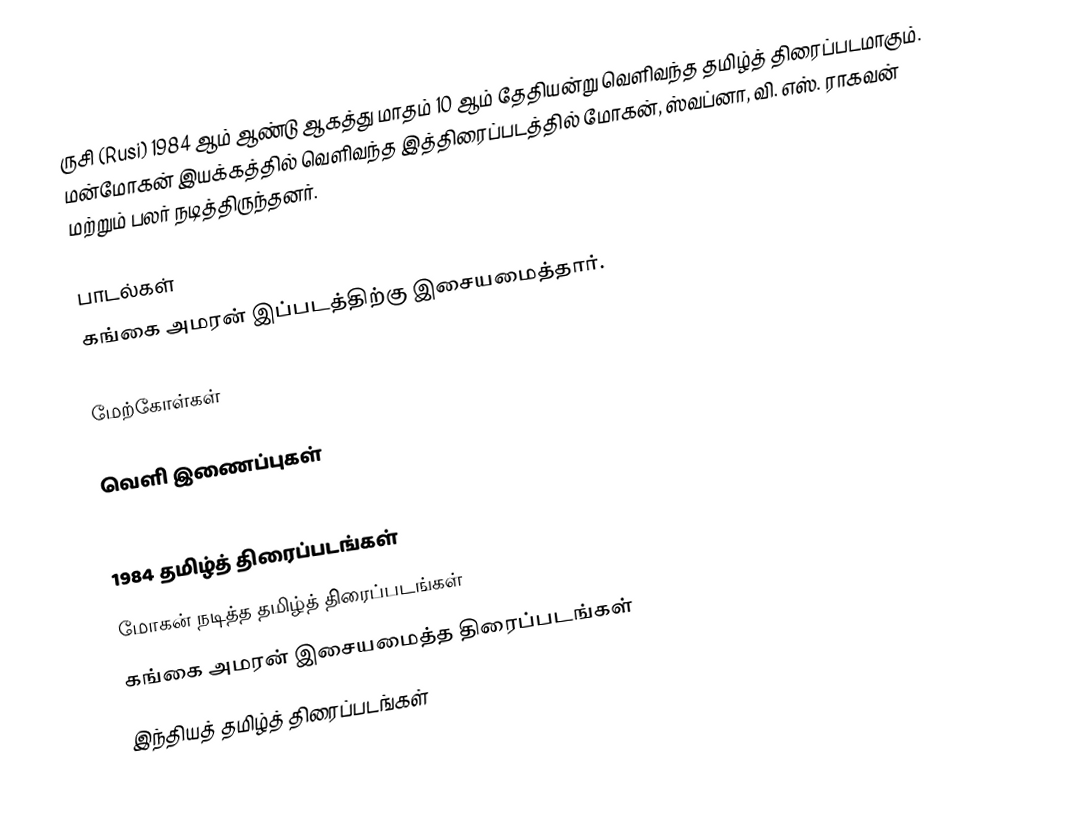
ருசி (Rusi) 1984 ஆம் ஆண்டு ஆகத்து மாதம் 10 ஆம் தேதியன்று வெளிவந்த தமிழ்த் திரைப்படமாகும். மன்மோகன் இயக்கத்தில் வெளிவந்த இத்திரைப்படத்தில் மோகன், ஸ்வப்னா, வி. எஸ். ராகவன் மற்றும் பலர் நடித்திருந்தனர்.

பாடல்கள்
கங்கை அமரன் இப்படத்திற்கு இசையமைத்தார்.

மேற்கோள்கள்

வெளி இணைப்புகள்

1984 தமிழ்த் திரைப்படங்கள்
மோகன் நடித்த தமிழ்த் திரைப்படங்கள்
கங்கை அமரன் இசையமைத்த திரைப்படங்கள்
இந்தியத் தமிழ்த் திரைப்படங்கள்